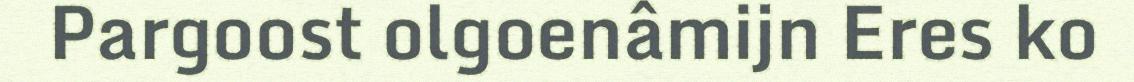
Pargoost olgoenâmijn Eres ko